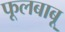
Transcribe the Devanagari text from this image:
फूलबाबू